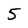
Character: 5